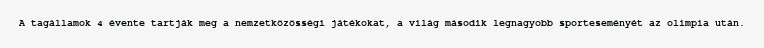
A tagállamok 4 évente tartják meg a nemzetközösségi játékokat, a világ második legnagyobb sporteseményét az olimpia után.